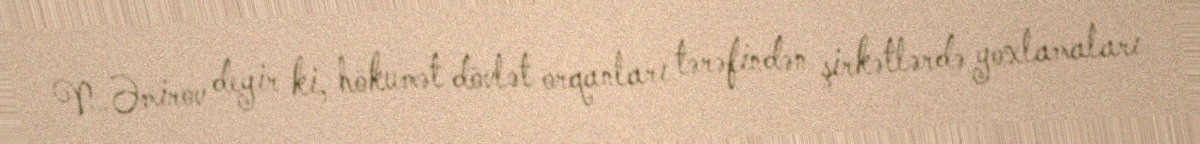
N.Əmirov deyir ki, hökumət dövlət orqanları tərəfindən şirkətlərdə yoxlamaları